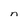
Character: n